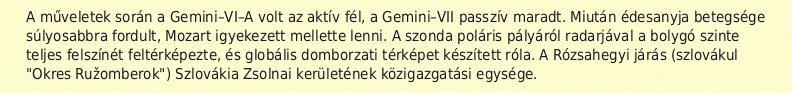
A műveletek során a Gemini–VI–A volt az aktív fél, a Gemini–VII passzív maradt. Miután édesanyja betegsége súlyosabbra fordult, Mozart igyekezett mellette lenni. A szonda poláris pályáról radarjával a bolygó szinte teljes felszínét feltérképezte, és globális domborzati térképet készített róla. A Rózsahegyi járás (szlovákul "Okres Ružomberok") Szlovákia Zsolnai kerületének közigazgatási egysége.